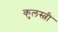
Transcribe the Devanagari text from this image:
कुलस्त्री